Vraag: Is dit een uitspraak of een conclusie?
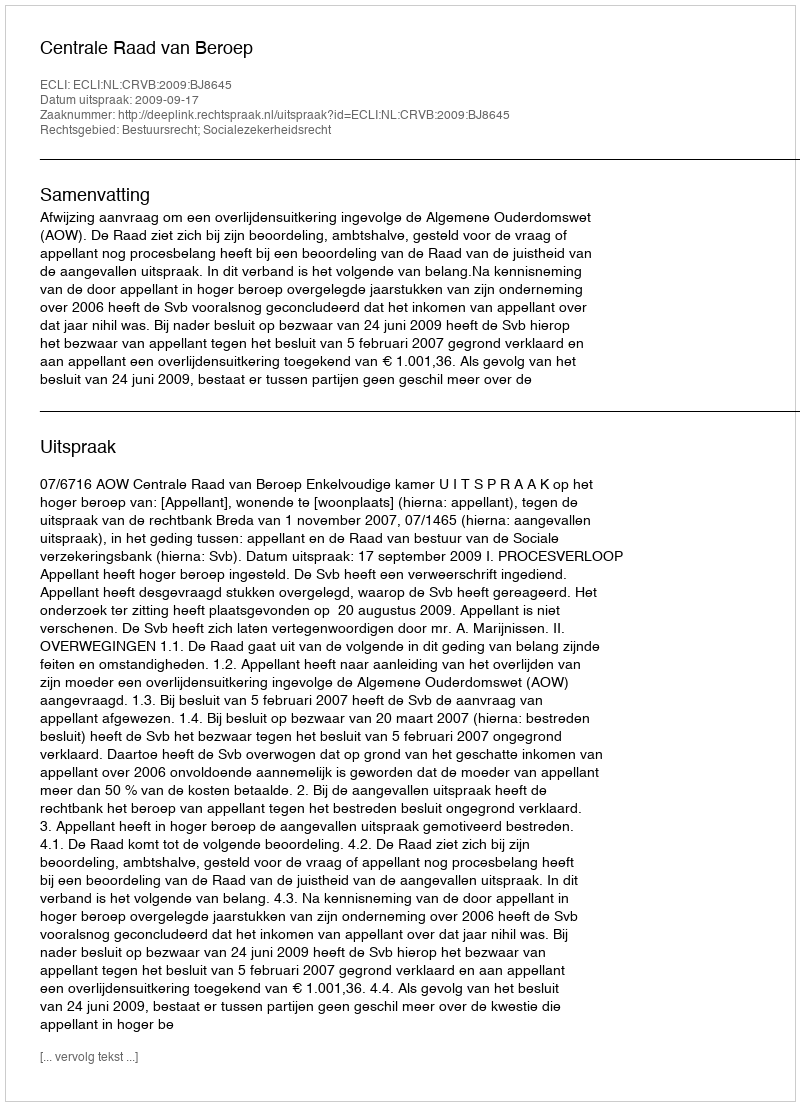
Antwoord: Uitspraak